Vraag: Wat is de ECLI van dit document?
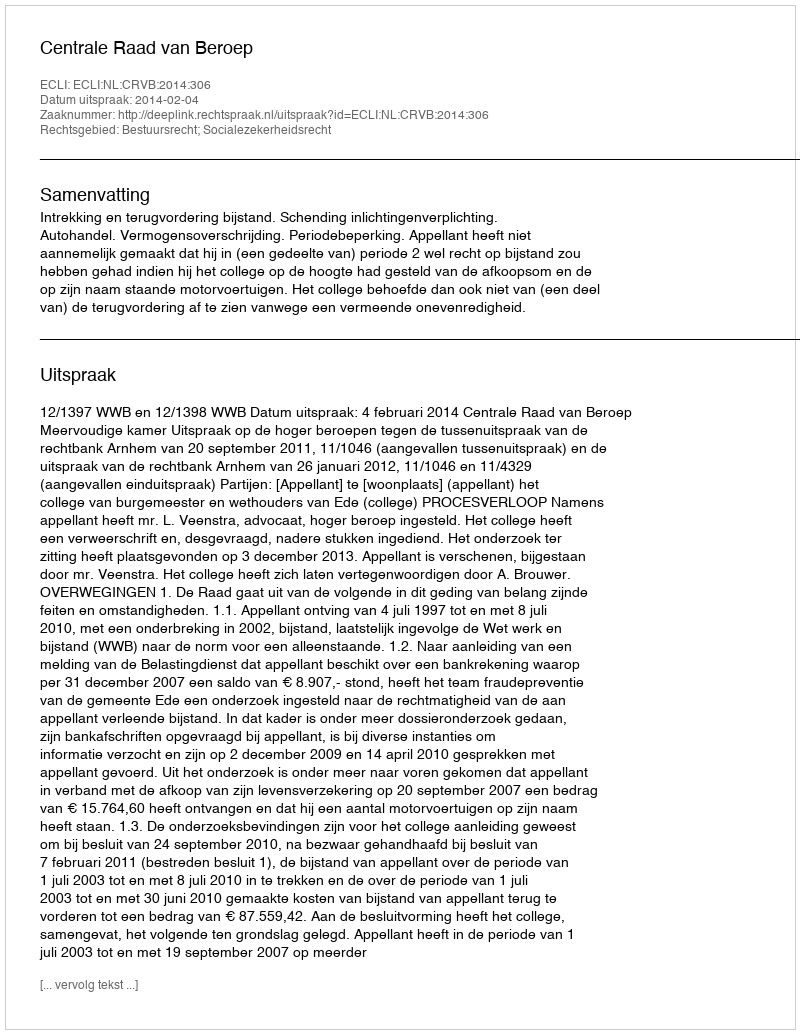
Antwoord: ECLI:NL:CRVB:2014:306